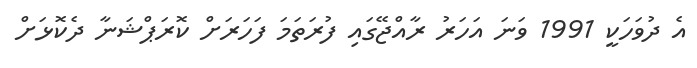
އެ ދުވަހަކީ 1991 ވަނަ އަހަރު ރާއްޖޭގައި ފުރަތަމަ ފަހަރަށް ކޮރަޕްޝަނާ ދެކޮޅަށް